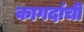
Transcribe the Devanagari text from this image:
कागदांची